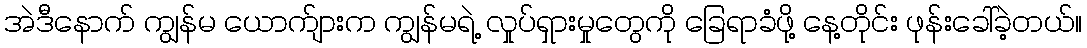
အဲဒီနောက် ကျွန်မ ယောက်ျားက ကျွန်မရဲ့ လှုပ်ရှားမှုတွေကို ခြေရာခံဖို့ နေ့တိုင်း ဖုန်းခေါ်ခဲ့တယ်။